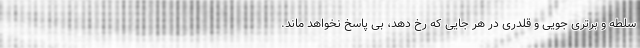
سلطه و برتری جویی و قلدری در هر جایی که رخ دهد، بی پاسخ نخواهد ماند.